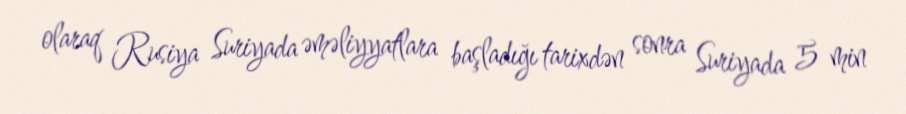
olaraq Rusiya Suriyada əməliyyatlara başladığı tarixdən sonra Suriyada 5 min